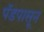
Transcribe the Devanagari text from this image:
पॅडपासून